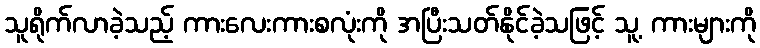
သူရိုက်လာခဲ့သည့် ကားလေးကားစလုံးကို အပြီးသတ်နိုင်ခဲ့သဖြင့် သူ့ ကားများကို